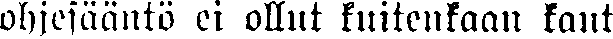
ohjesääntö ei ollut kuitenkaan kaut